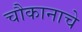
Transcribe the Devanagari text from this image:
चौकानाचे